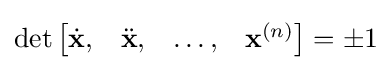
\det {\begin{bmatrix}{\dot {\mathbf {x} }},&{\ddot {\mathbf {x} }},&\dots ,&{\mathbf {x} }^{(n)}\end{bmatrix}}=\pm 1